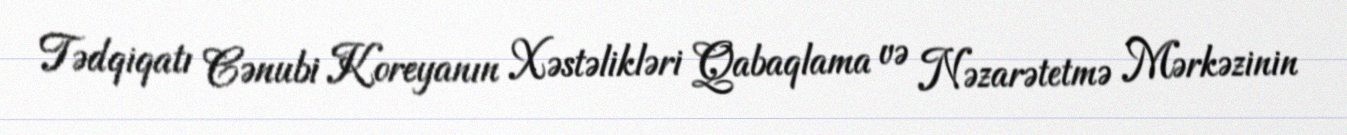
Tədqiqatı Cənubi Koreyanın Xəstəlikləri Qabaqlama və Nəzarətetmə Mərkəzinin